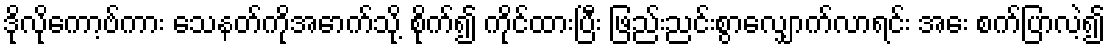
ဒိုလိုကော့ဗ်ကား သေနတ်ကိုအောက်သို့ စိုက်၍ ကိုင်ထားပြီး ဖြည်းညင်းစွာလျှောက်လာရင်း အေး စက်ပြာလဲ့၍